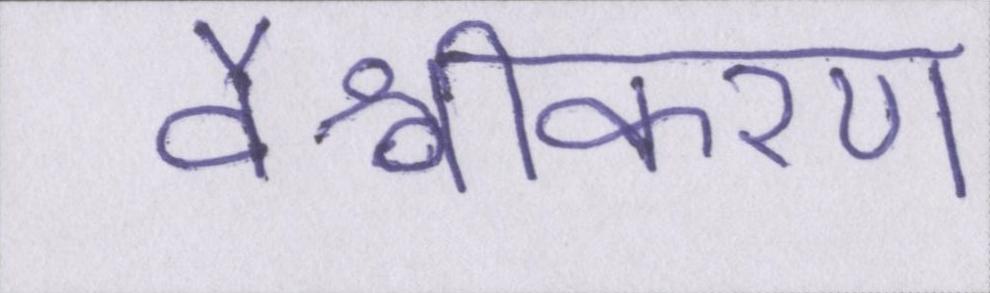
वैश्वीकरण